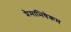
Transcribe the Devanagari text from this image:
प्रेमाभिषेकम